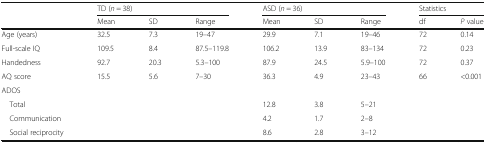
| <ROWSPAN=2>  | <COLSPAN=3> TD (n = 38) | <COLSPAN=3> ASD (n = 36) | <COLSPAN=2> Statistics |
 | Mean | SD | Range | Mean | SD | Range | df | P value |
 | --- | --- | --- | --- | --- | --- | --- | --- | --- |
 | Age (years) | 32.5 | 7.3 | 19–47 | 29.9 | 7.1 | 19–46 | 72 | 0.14 |
 | Full-scale IQ | 109.5 | 8.4 | 87.5–119.8 | 106.2 | 13.9 | 83–134 | 72 | 0.23 |
 | Handedness | 92.7 | 20.3 | 5.3–100 | 87.9 | 24.5 | 5.9–100 | 72 | 0.37 |
 | AQ score | 15.5 | 5.6 | 7–30 | 36.3 | 4.9 | 23–43 | 66 | <0.001 |
 | <COLSPAN=9> ADOS |
 | Total |  |  |  | 12.8 | 3.8 | 5–21 |  |  |
 | Communication |  |  |  | 4.2 | 1.7 | 2–8 |  |  |
 | Social reciprocity |  |  |  | 8.6 | 2.8 | 3–12 |  |  |